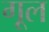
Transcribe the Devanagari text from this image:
गूल